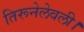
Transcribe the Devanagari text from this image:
तिरूनेलेवली।